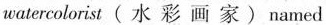
watercolorist ( 水 彩 画 家 ) named